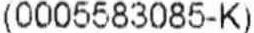
(0005583085-K)